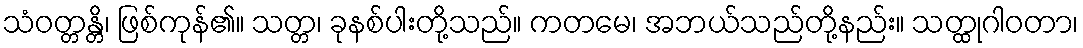
သံဝတ္တန္တိ၊ ဖြစ်ကုန်၏။ သတ္တ၊ ခုနစ်ပါးတို့သည်။ ကတမေ၊ အဘယ်သည်တို့နည်း။ သတ္ထုဂါဝတာ၊